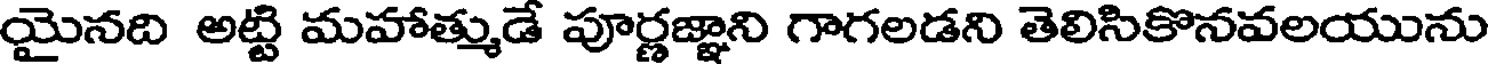
యైనది అట్టి మహాత్ముడే పూర్ణజ్ఞాని గాగలడని తెలిసికొనవలయును